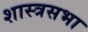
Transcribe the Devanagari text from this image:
शास्त्रसभा